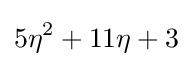
5\eta ^{2}+11\eta +3